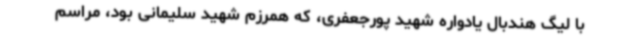
با لیگ هندبال یادواره شهید پورجعفری، که همرزم شهید سلیمانی بود، مراسم